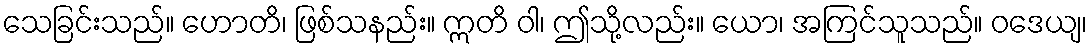
သေခြင်းသည်။ ဟောတိ၊ ဖြစ်သနည်း။ ဣတိ ဝါ၊ ဤသို့လည်း။ ယော၊ အကြင်သူသည်။ ဝဒေယျ၊